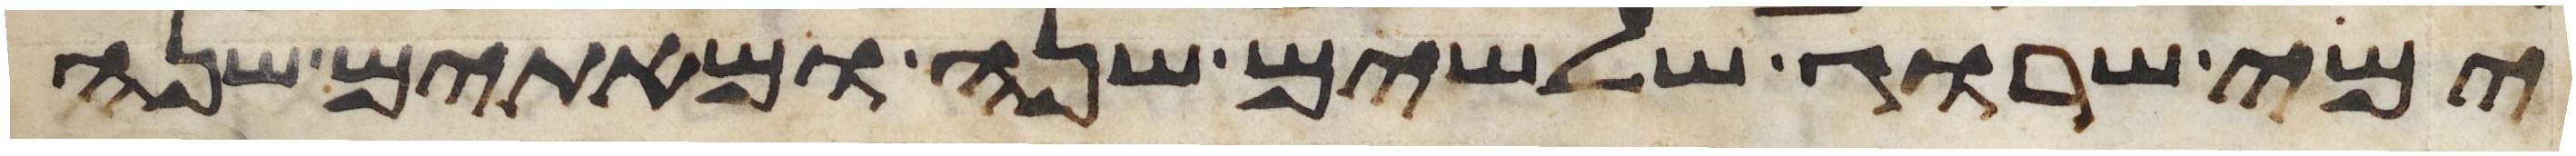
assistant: ימי שרוג שלשים שנה ומאתים שנה